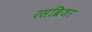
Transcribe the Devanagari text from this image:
रसब्रिजर